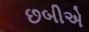
છબીએ